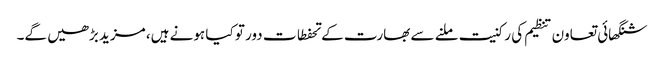
شنگھائی تعاون تنظیم کی رکنیت ملنے سے بھارت کے تحفطات دور تو کیا ہونے ہیں، مزید بڑھیں گے۔